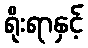
ရိုးရာနှင့်